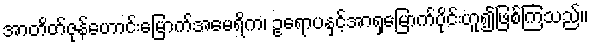
အာတိတ်ဇုန်ဟောင်းမြောက်အမေရိက၊ ဥရောပနှင့်အာရှမြောက်ပိုင်းဟူ၍ဖြစ်ကြသည်။